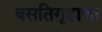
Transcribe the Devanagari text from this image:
वसतिगृहाचा